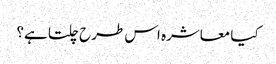
کیا معاشرہ اس طرح چلتا ہے؟